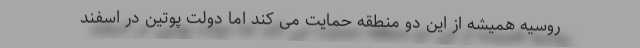
روسیه همیشه از این دو منطقه حمایت می کند اما دولت پوتین در اسفند